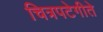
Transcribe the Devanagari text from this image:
चित्रपटेगीते